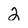
Character: 2